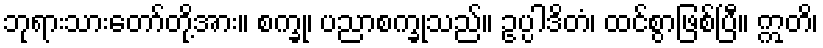
ဘုရားသားတော်တို့အား။ စက္ခု၊ ပညာစက္ခုသည်။ ဥပ္ပါဒိတံ၊ ထင်စွာဖြစ်ပြီ။ ဣတိ၊